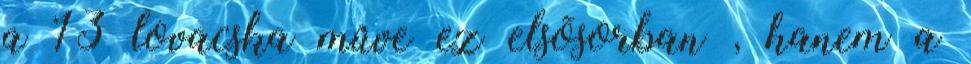
a 13 lovacska mûve ez elsõsorban , hanem a